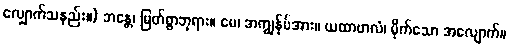
လျှောက်သနည်း။) ဘန္တေ၊ မြတ်စွာဘုရား။ မေ၊ အကျွန်ုပ်အား။ ယထာဗာလံ၊ မိုက်သော အလျောက်။